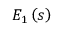
E _ { 1 } \left( s \right)